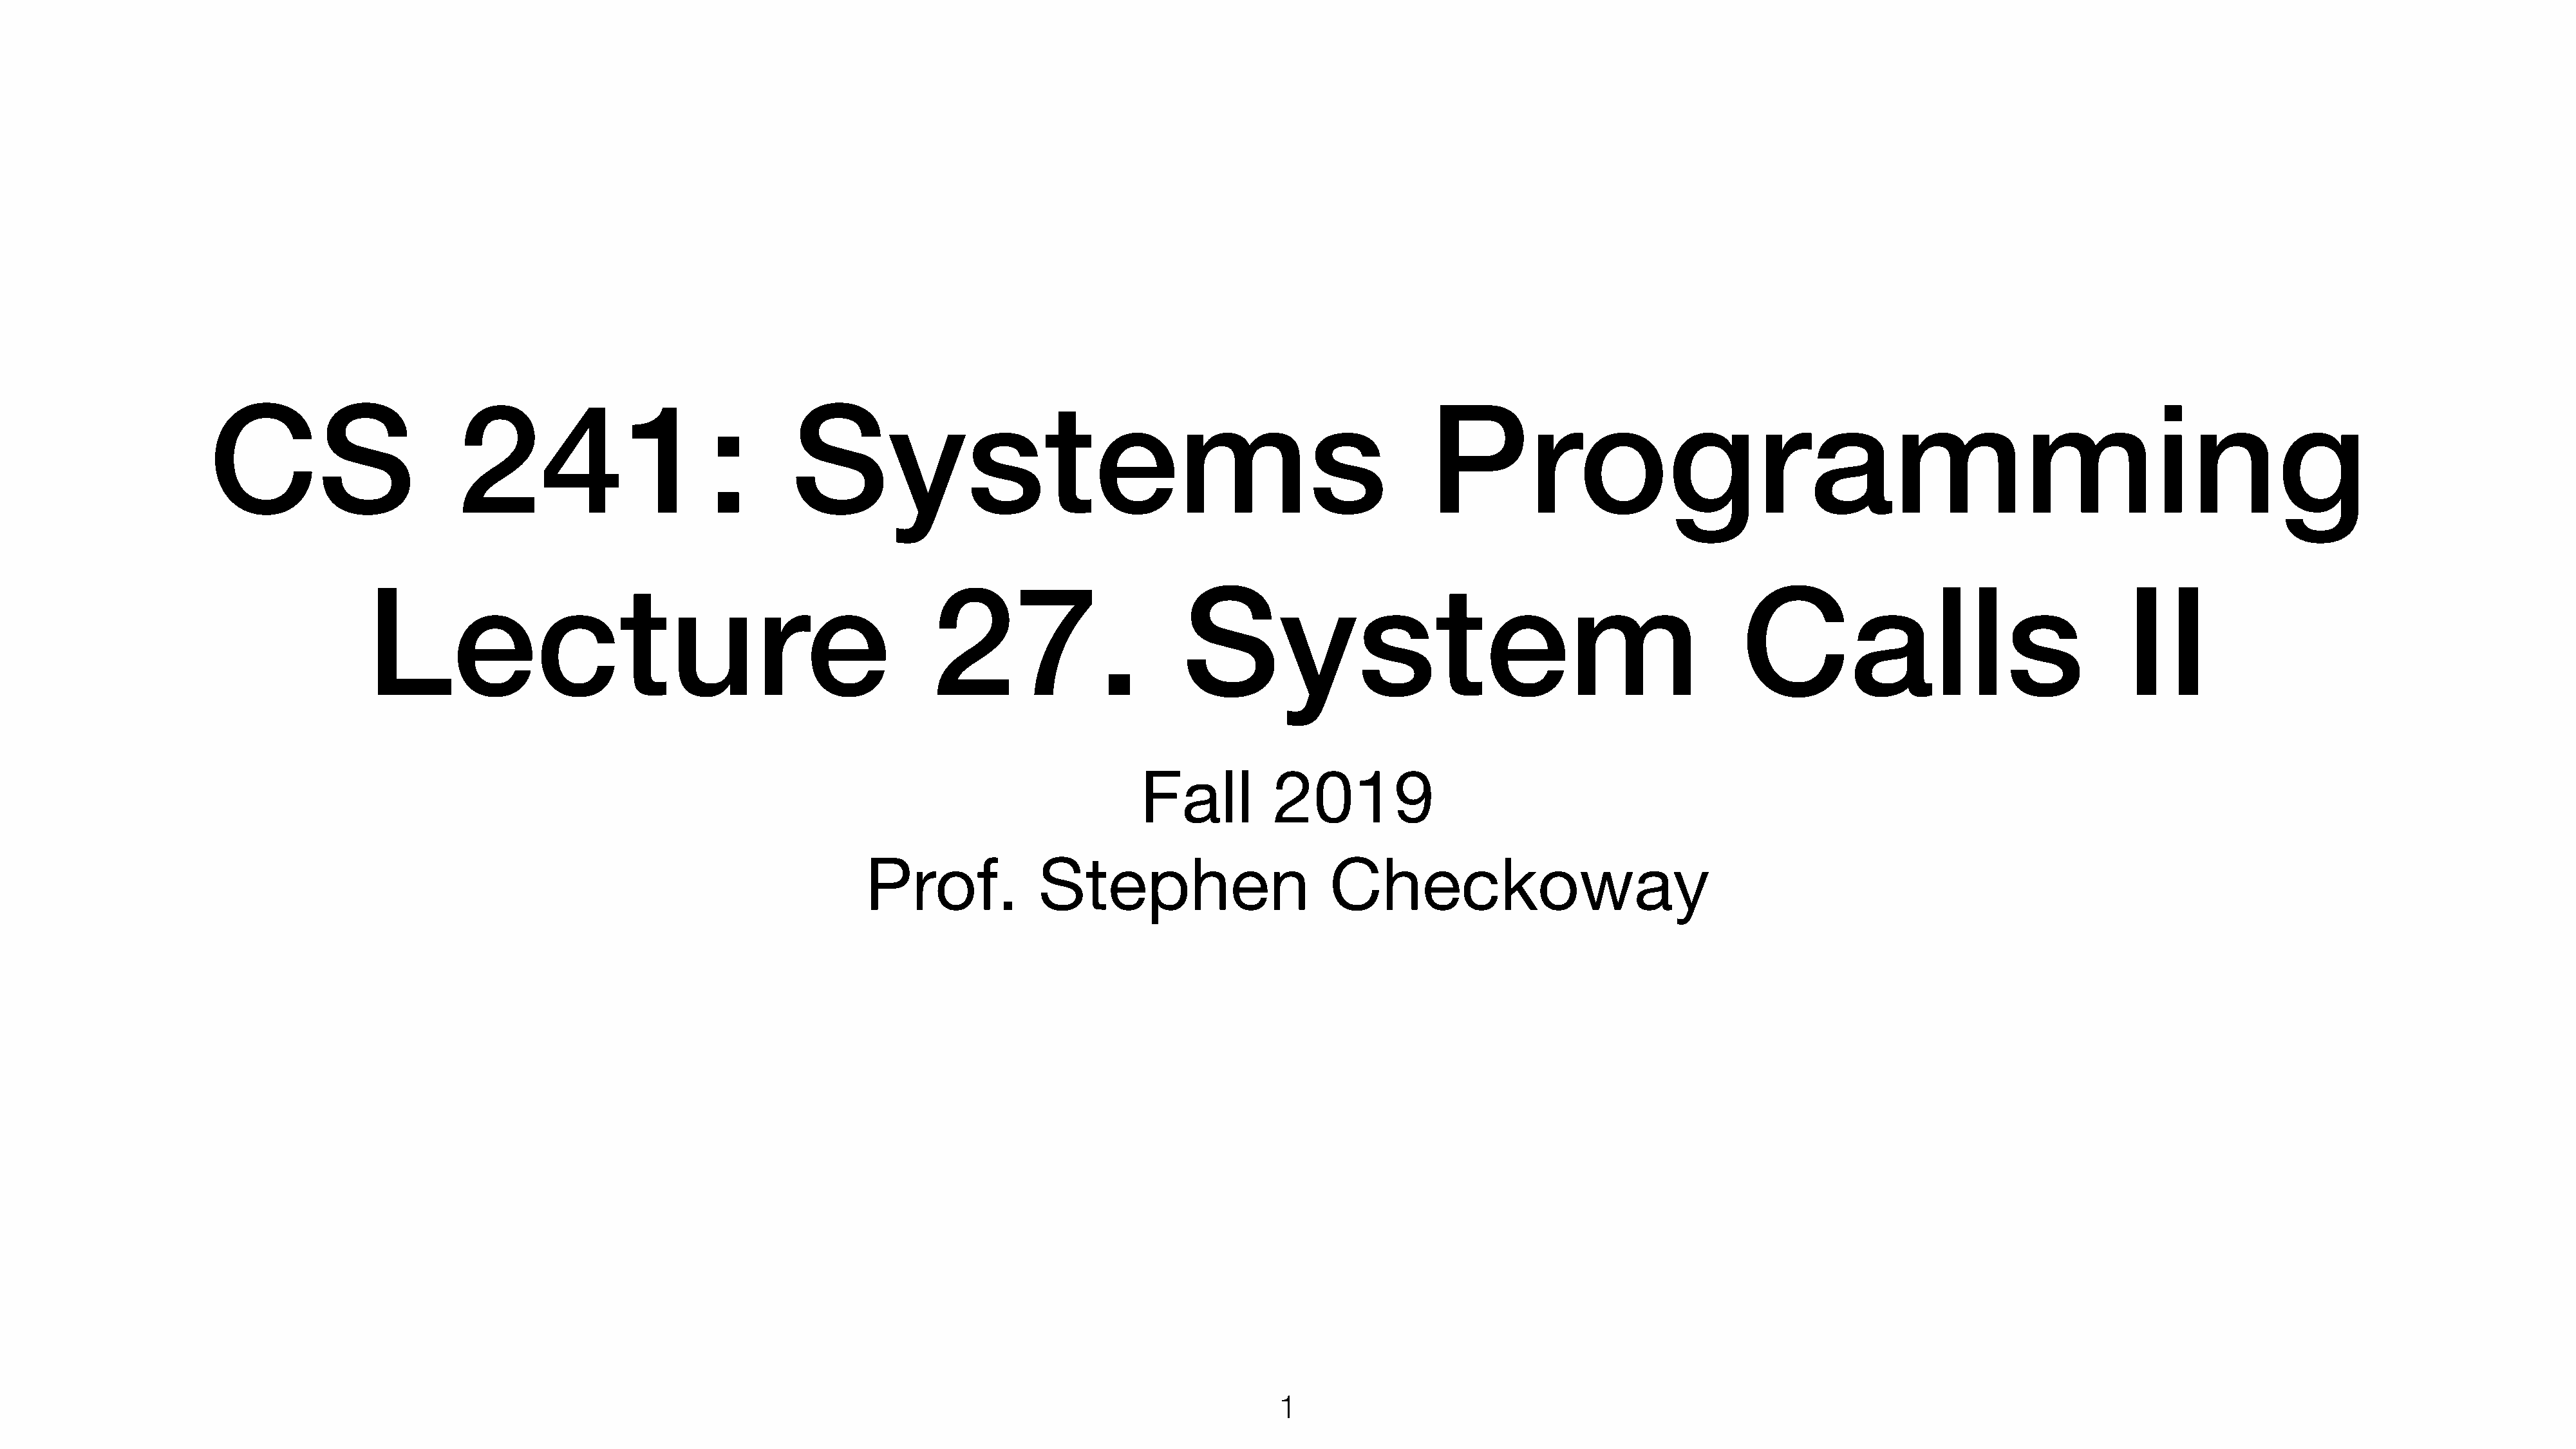
CS                       241:                              Systems                                                           Programming
 Lecture                                                   27.                       System                                                   Calls                                   II
 Fall          2019
 Prof.             Stephen                       Checkoway
 1